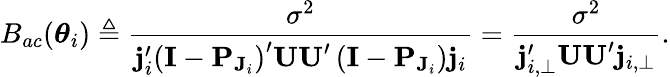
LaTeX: B_{ac}(\boldsymbol\theta_{i})\triangleq\frac{\sigma^{2}}{\mathbf{j}_{i}^{\prime}\left(\mathbf{I}-\mathbf{P}_{\mathbf{J}_{i}}\right)^{\prime}\mathbf{UU}^{\prime}\left(\mathbf{I}-\mathbf{P}_{\mathbf{J}_{i}}\right)\mathbf{j}_{i}}=\frac{\sigma^{2}}{\mathbf{j}_{i,\perp}^{\prime}\mathbf{UU}^{\prime}\mathbf{j}_{i,\perp}}.